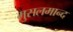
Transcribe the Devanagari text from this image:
मुसलमान्द